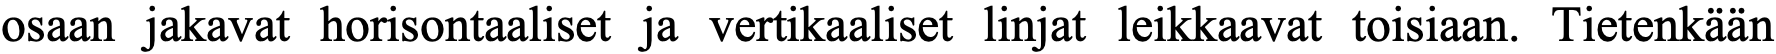
osaan jakavat horisontaaliset ja vertikaaliset linjat leikkaavat toisiaan. Tietenkään